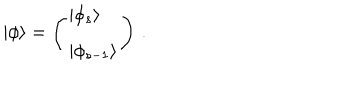
LaTeX: | \phi \rangle = \left( \begin{array} { l } { { | \phi _ { s } \rangle } } \\ { { | \phi _ { s - 1 } \rangle } } \\ \end{array} \right) \, .